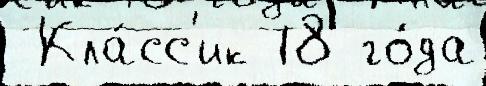
 Кла́сс'ик 18 го́да